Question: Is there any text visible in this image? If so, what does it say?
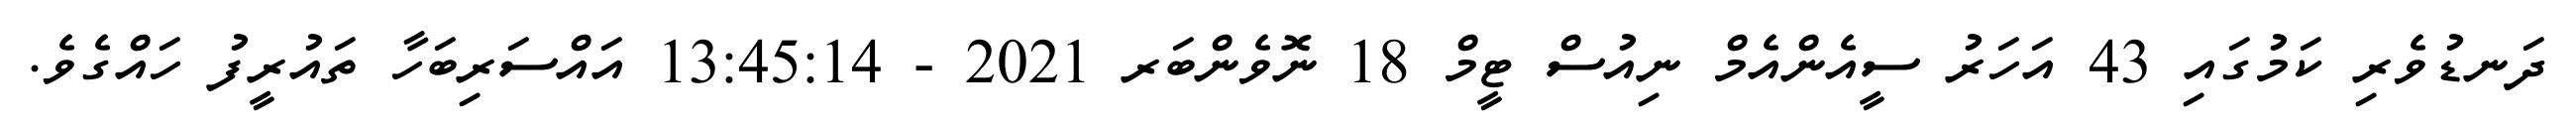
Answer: ދަނޑުވެރި ކަމުގައި 43 އަހަރު ސީއެންއެމް ނިއުސް ޓީމް 18 ނޮވެންބަރ 2021 - 13:45:14 އައްސަރިބަހާ ތައުރީފު ހައްގެވެ.